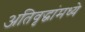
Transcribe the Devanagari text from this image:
अतिवृद्धांमध्ये